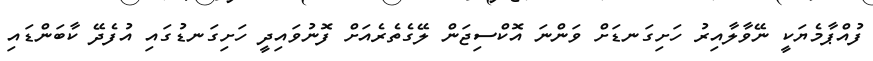
ފުއްޕާމެޔަކީ ނޭވާލާއިރު ހަށިގަނޑަށް ވަންނަ އޮކްސިޖަން ލޭގެތެރެއަށް ފޮނުވައިދީ ހަށިގަނޑުގައި އުފެދޭ ކާބަންޑައި